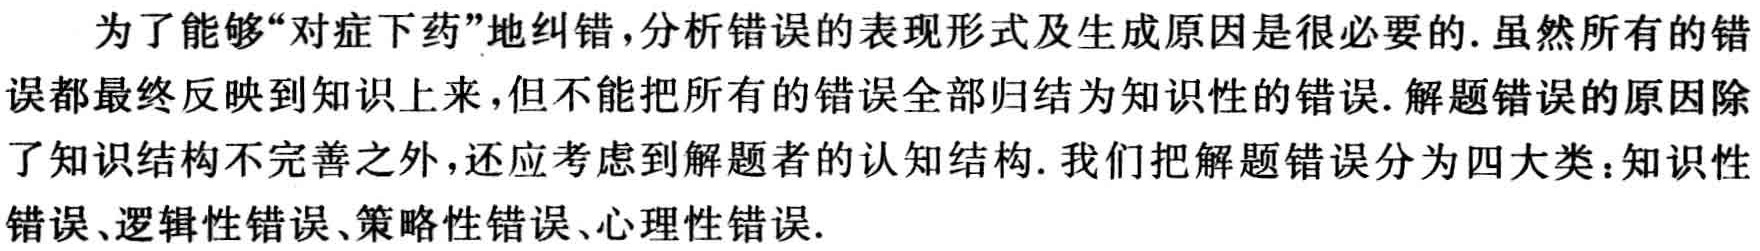
为了能够“对症下药”地纠错，分析错误的表现形式及生成原因是很必要的. 虽然所有的错误都最终反映到知识上来，但不能把所有的错误全部归结为知识性的错误. 解题错误的原因除了知识结构不完善之外，还应考虑到解题者的认知结构. 我们把解题错误分为四大类：知识性错误、逻辑性错误、策略性错误、心理性错误.